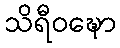
သိရီဝဍ္ဎော